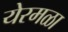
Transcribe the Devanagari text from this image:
येरमळा